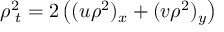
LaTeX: \rho _ { \, \, t } ^ { 2 } = 2 \left( ( u \rho ^ { 2 } ) _ { x } + ( v \rho ^ { 2 } ) _ { y } \right)